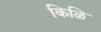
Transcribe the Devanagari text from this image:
किळि